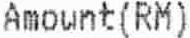
AMOUNT(RM)